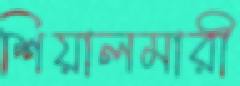
শিয়ালমারী